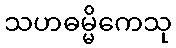
သဟဓမ္မိကေသု